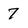
Character: 7